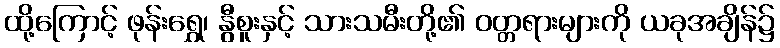
ထို့ကြောင့် ဖုန်းရွှေ၊ နွီစူးနှင့် သားသမီးတို့၏ ဝတ္တရားများကို ယခုအချိန်၌